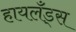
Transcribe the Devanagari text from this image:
हायलँड्स